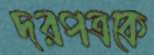
দরপত্রকে